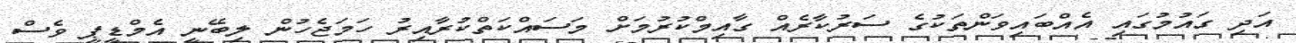
އަދި ގައުމުގައި އެއްބައިވަންތަކުގެ ސަރުކާރެއް ގާއިމްކުރުމަށް މަސައްކަތްކުރާއިރު ހަމަޖެހުން ލިބޭނީ އެމްޑީޕީ ވެސް